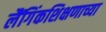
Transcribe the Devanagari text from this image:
लैंगिंकशिक्षणाच्या